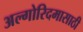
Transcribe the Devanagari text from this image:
अल्गोरिदमासाठी